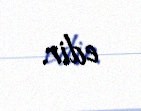
edir.